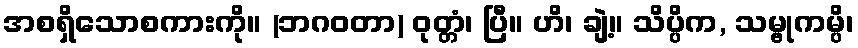
အစရှိသောစကားကို။ (ဘဂဝတာ) ဝုတ္တံ၊ ပြီ။ ဟိ၊ ချဲ့။ သိပ္ပိက, သမ္ဗုကမ္ပိ၊